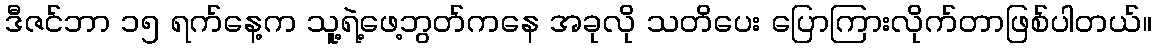
ဒီဇင်ဘာ ၁၅ ရက်နေ့က သူ့ရဲ့ဖေ့ဘွတ်ကနေ အခုလို သတိပေး ပြောကြားလိုက်တာဖြစ်ပါတယ်။